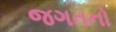
જગતનો